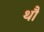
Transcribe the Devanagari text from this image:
थौ